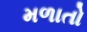
મળાતો